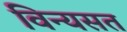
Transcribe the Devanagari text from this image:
विन्यसत